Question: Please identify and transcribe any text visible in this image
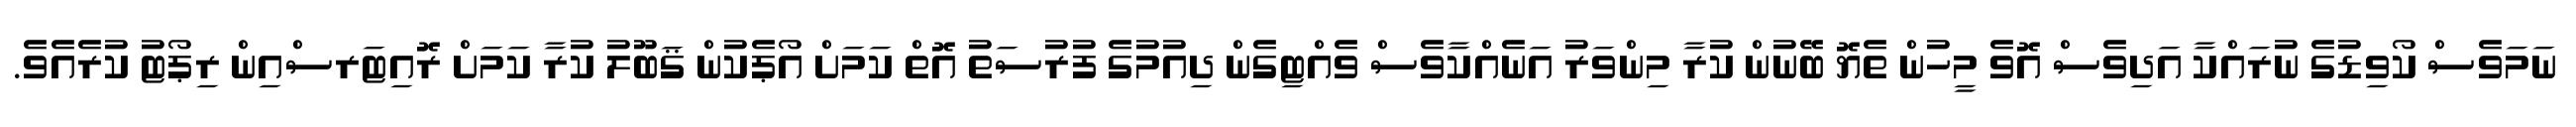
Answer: ނަމަވެސް ކޯވިޑުގެ ނުރައްކާ އަދިވެސް އޮވެ މީހުން ތެޔޮ ބޭނުން ކުރާ މިންވަރު އަނެއްކާވެސް ވެއްޓިގެން ދިއުމުގެ ފުރުސަތު އޮތް ކަމަށް އޯޕެކުން ޤަބޫލު ކުރާ ކަމަށް ރޮއިޓަރސްއިން ރިޕޯޓު ކުރެއެވެ.